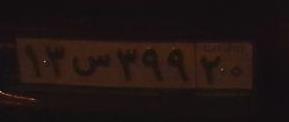
۱۳س۳۹۹۲۰